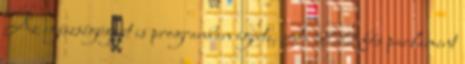
Az egészségügyet is programban ígérte. A 200 fős parlament